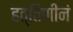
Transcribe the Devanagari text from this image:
हत्तिणीनं